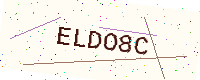
Text: ELDO8C